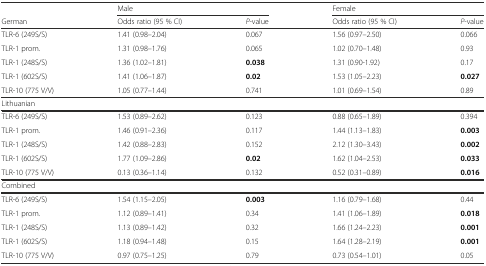
<table><thead><tr><td></td><td colspan="2"><b>Male</b></td><td colspan="2"><b>Female</b></td></tr><tr><td><b>German</b></td><td><b>Odds ratio (95 % CI)</b></td><td><b><i>P</i>-value</b></td><td><b>Odds ratio (95 % CI)</b></td><td><b><i>P</i>-value</b></td></tr></thead><tbody><tr><td>TLR-6 (249S/S)</td><td>1.41 (0.98–2.04)</td><td>0.067</td><td>1.56 (0.97–2.50)</td><td>0.066</td></tr><tr><td>TLR-1 prom.</td><td>1.31 (0.98–1.76)</td><td>0.065</td><td>1.02 (0.70–1.48)</td><td>0.93</td></tr><tr><td>TLR-1 (248S/S)</td><td>1.36 (1.02–1.81)</td><td><b>0.038</b></td><td>1.31 (0.90-1.92)</td><td>0.17</td></tr><tr><td>TLR-1 (602S/S)</td><td>1.41 (1.06–1.87)</td><td><b>0.02</b></td><td>1.53 (1.05–2.23)</td><td><b>0.027</b></td></tr><tr><td>TLR-10 (775 V/V)</td><td>1.05 (0.77–1.44)</td><td>0.741</td><td>1.01 (0.69–1.54)</td><td>0.89</td></tr><tr><td>Lithuanian</td><td></td><td></td><td></td><td></td></tr><tr><td>TLR-6 (249S/S)</td><td>1.53 (0.89–2.62)</td><td>0.123</td><td>0.88 (0.65–1.89)</td><td>0.394</td></tr><tr><td>TLR-1 prom.</td><td>1.46 (0.91–2.36)</td><td>0.117</td><td>1.44 (1.13–1.83)</td><td><b>0.003</b></td></tr><tr><td>TLR-1 (248S/S)</td><td>1.42 (0.88–2.83)</td><td>0.152</td><td>2.12 (1.30–3.43)</td><td><b>0.002</b></td></tr><tr><td>TLR-1 (602S/S)</td><td>1.77 (1.09–2.86)</td><td><b>0.02</b></td><td>1.62 (1.04–2.53)</td><td><b>0.033</b></td></tr><tr><td>TLR-10 (775 V/V)</td><td>0.13 (0.36–1.14)</td><td>0.132</td><td>0.52 (0.31–0.89)</td><td><b>0.016</b></td></tr><tr><td>Combined</td><td></td><td></td><td></td><td></td></tr><tr><td>TLR-6 (249S/S)</td><td>1.54 (1.15–2.05)</td><td><b>0.003</b></td><td>1.16 (0.79–1.68)</td><td>0.44</td></tr><tr><td>TLR-1 prom.</td><td>1.12 (0.89–1.41)</td><td>0.34</td><td>1.41 (1.06–1.89)</td><td><b>0.018</b></td></tr><tr><td>TLR-1 (248S/S)</td><td>1.13 (0.89–1.42)</td><td>0.32</td><td>1.66 (1.24–2.23)</td><td><b>0.001</b></td></tr><tr><td>TLR-1 (602S/S)</td><td>1.18 (0.94–1.48)</td><td>0.15</td><td>1.64 (1.28–2.19)</td><td><b>0.001</b></td></tr><tr><td>TLR-10 (775 V/V)</td><td>0.97 (0.75–1.25)</td><td>0.79</td><td>0.73 (0.54–1.01)</td><td>0.05</td></tr></tbody></table>